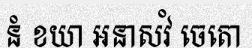
នំ ខយា អនាសវំ ចេតោ